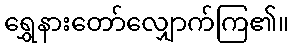
ရွှေနားတော်လျှောက်ကြ၏။